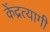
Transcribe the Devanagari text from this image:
केंद्रत्यागी